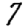
Digit: 7